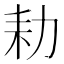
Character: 𮰍